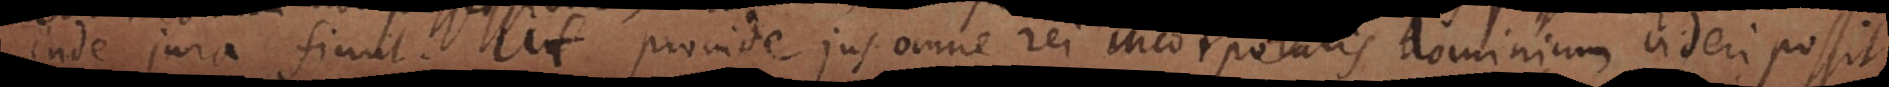
inde jura fiunt. Ut proinde jus omne rei incorporalis dominium videri possit.